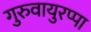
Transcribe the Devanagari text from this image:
गुरुवायुरप्पा